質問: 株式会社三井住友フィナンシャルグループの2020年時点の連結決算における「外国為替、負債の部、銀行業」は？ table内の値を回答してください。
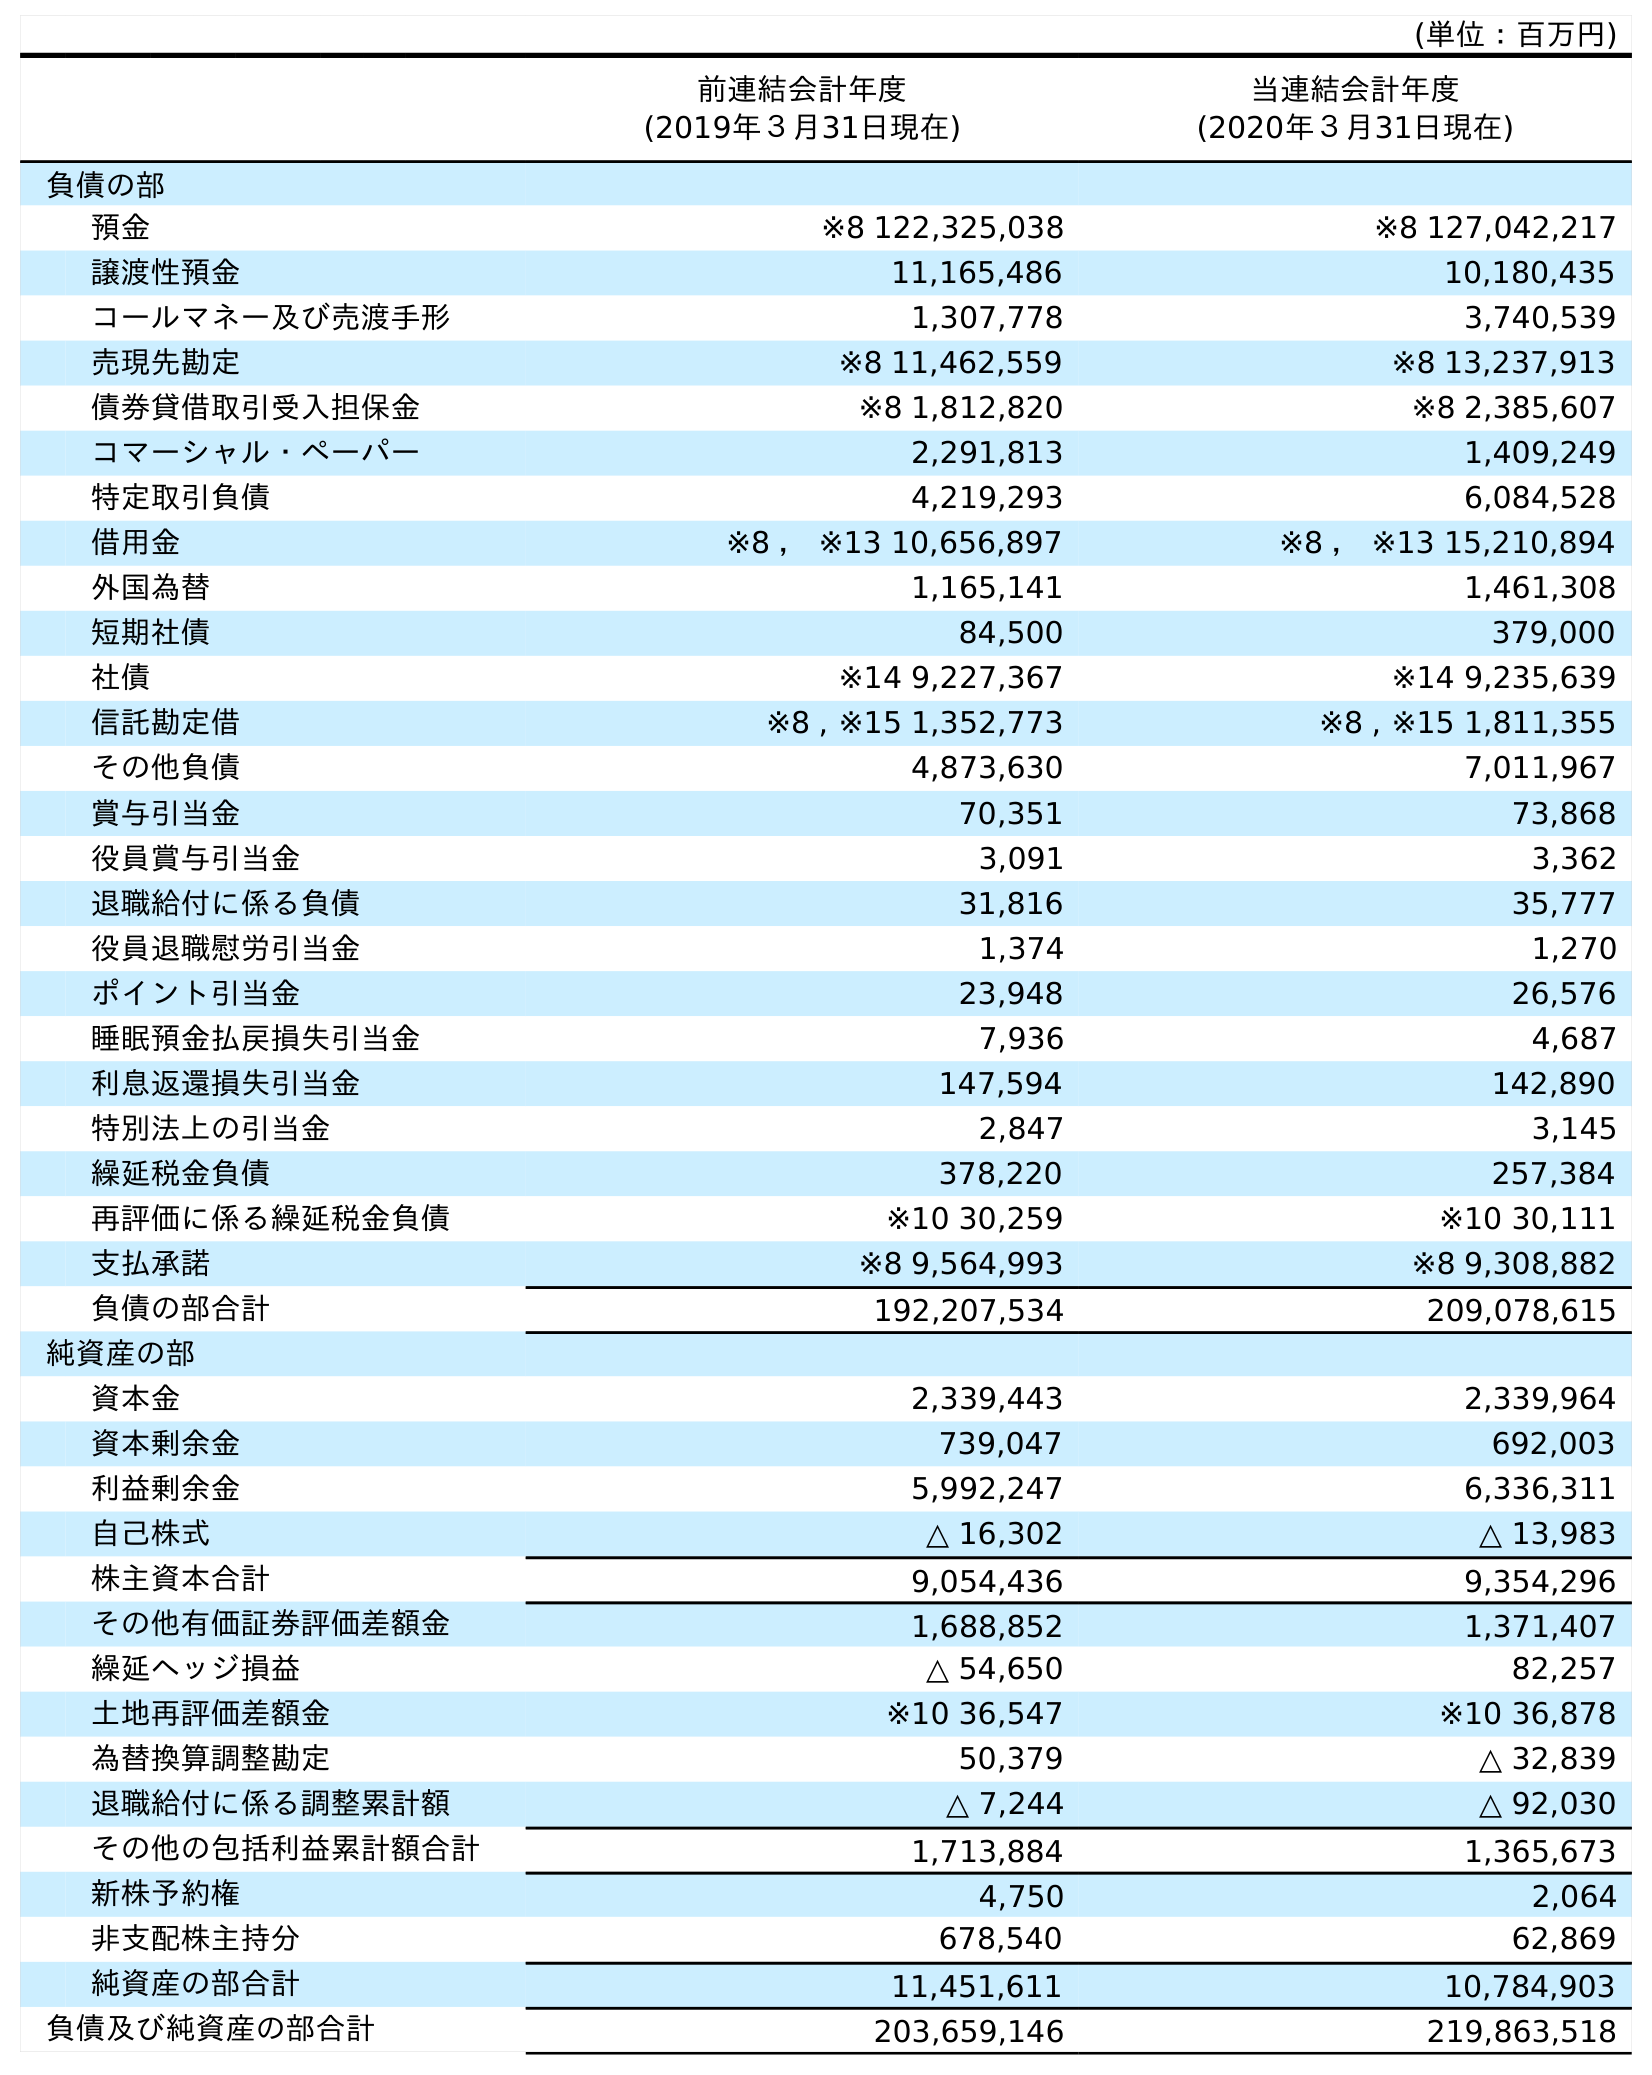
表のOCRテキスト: (単位：百万円) 前連結会計年度 (2019年３月31日現在) 当連結会計年度 (2020年３月31日現在) 負債の部 預金 ※8 122,325,038 ※8 127,042,217 譲渡性預金 11,165,486 10,180,435 コールマネー及び売渡手形 1,307,778 3,740,539 売現先勘定 ※8 11,462,559 ※8 13,237,913 債券貸借取引受入担保金 ※8 1,812,820 ※8 2,385,607 コマーシャル・ペーパー 2,291,813 1,409,249 特定取引負債 4,219,293 6,084,528 借用金 ※8 ， ※13 10,656,897 ※8 ， ※13 15,210,894 外国為替 1,165,141 1,461,308 短期社債 84,500 379,000 社債 ※14 9,227,367 ※14 9,235,639 信託勘定借 ※8 , ※15 1,352,773 ※8 , ※15 1,811,355 その他負債 4,873,630 7,011,967 賞与引当金 70,351 73,868 役員賞与引当金 3,091 3,362 退職給付に係る負債 31,816 35,777 役員退職慰労引当金 1,374 1,270 ポイント引当金 23,948 26,576 睡眠預金払戻損失引当金 7,936 4,687 利息返還損失引当金 147,594 142,890 特別法上の引当金 2,847 3,145 繰延税金負債 378,220 257,384 再評価に係る繰延税金負債 ※10 30,259 ※10 30,111 支払承諾 ※8 9,564,993 ※8 9,308,882 負債の部合計 192,207,534 209,078,615 純資産の部 資本金 2,339,443 2,339,964 資本剰余金 739,047 692,003 利益剰余金 5,992,247 6,336,311 自己株式 △ 16,302 △ 13,983 株主資本合計 9,054,436 9,354,296 その他有価証券評価差額金 1,688,852 1,371,407 繰延ヘッジ損益 △ 54,650 82,257 土地再評価差額金 ※10 36,547 ※10 36,878 為替換算調整勘定 50,379 △ 32,839 退職給付に係る調整累計額 △ 7,244 △ 92,030 その他の包括利益累計額合計 1,713,884 1,365,673 新株予約権 4,750 2,064 非支配株主持分 678,540 62,869 純資産の部合計 11,451,611 10,784,903 負債及び純資産の部合計 203,659,146 219,863,518
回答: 1,461,308